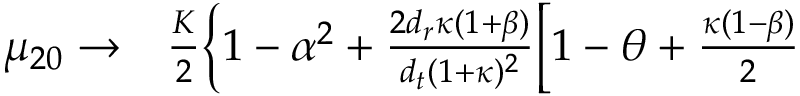
\begin{array} { r l } { \mu _ { 2 0 } \to } & { { } \frac { K } { 2 } \biggl \{ 1 - \alpha ^ { 2 } + \frac { 2 { d _ { r } } \kappa ( 1 + \beta ) } { { d _ { t } } ( 1 + \kappa ) ^ { 2 } } \biggl [ 1 - \theta + \frac { \kappa ( 1 - \beta ) } { 2 } } \end{array}